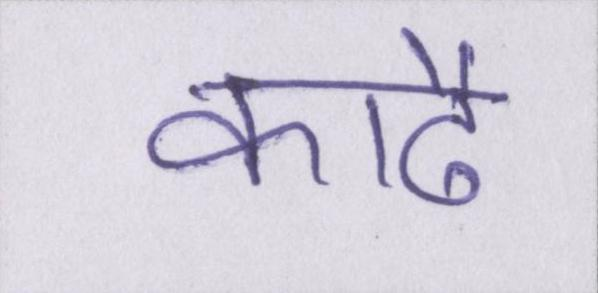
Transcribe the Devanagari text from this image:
काढै